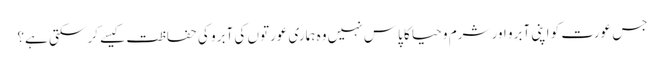
جس عورت کو اپنی آبرو اور شرم و حیا کا پاس نہیں وہ ہماری عورتوں کی آبرو کی حفاظت کیسے کر سکتی ہے؟